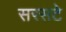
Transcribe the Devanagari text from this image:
सरसटे